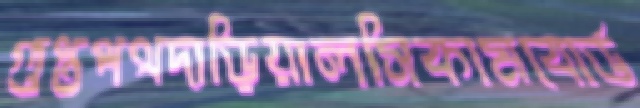
গুপ্তপথদাড়িয়ালসিকামবোর্ড